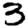
Digit: 3